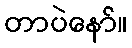
တာပဲနော်။